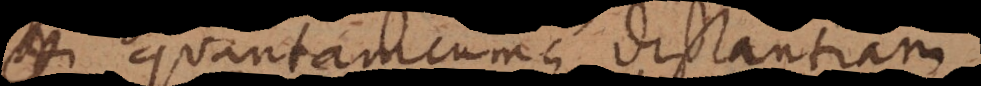
quantamcumque distantiam